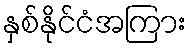
နှစ်နိုင်ငံအကြား